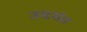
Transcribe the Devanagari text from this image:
उदवंत